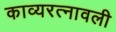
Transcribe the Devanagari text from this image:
काव्यरत्‍नावली